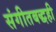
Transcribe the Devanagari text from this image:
संगीतबद्धही